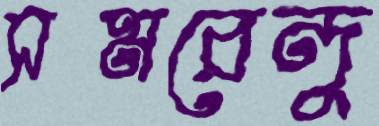
সমরেন্দু